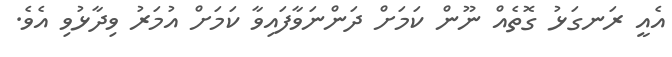
އެއީ ރަނގަޅު ގޮތެއް ނޫން ކަމަށް ދަންނަވާފައިވާ ކަމަށް އުމަރު ވިދާޅުވި އެވެ.